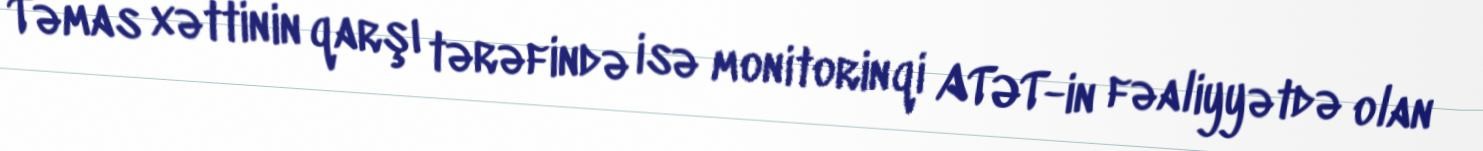
Təmas xəttinin qarşı tərəfində isə monitorinqi ATƏT-in fəaliyyətdə olan